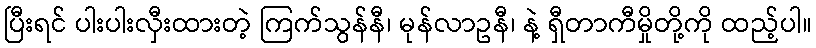
ပြီးရင် ပါးပါးလှီးထားတဲ့ ကြက်သွန်နီ၊ မုန်လာဥနီ၊ နဲ့ ရှီတာကီမှိုတို့ကို ထည့်ပါ။